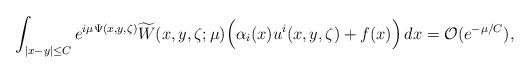
LaTeX: \begin{align*}\int_{|x-y|\leq C} e^{i\mu \Psi(x,y,\zeta)} \widetilde{W}(x,y,\zeta;\mu)\Big(\alpha_i(x)u^i(x,y,\zeta)+f(x)\Big)\,dx=\mathcal O (e^{-\mu/C}),\end{align*}